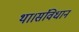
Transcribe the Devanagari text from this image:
था।संविधान